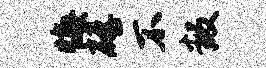
悔磴不叛